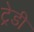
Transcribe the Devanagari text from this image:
ट्रेडी